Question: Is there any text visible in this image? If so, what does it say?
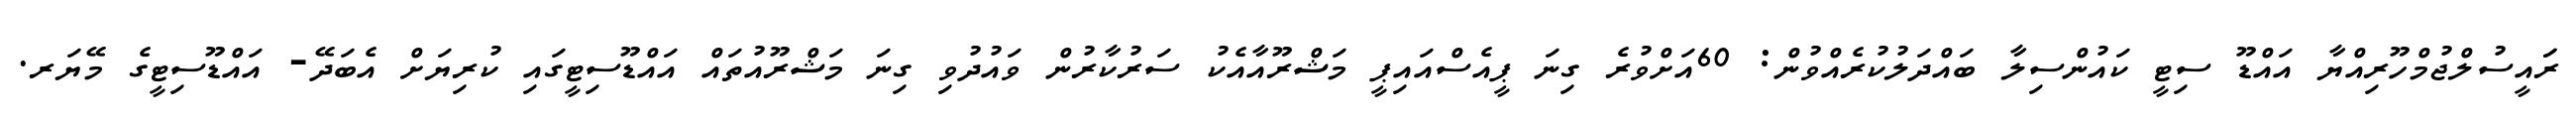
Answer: ރަައީސުލްޖުމްހޫރިއްޔާ އައްޑޫ ސިޓީ ކައުންސިލާ ބައްދަލުކުރެއްވުން: 60އަށްވުރެ ގިނަ ޕީއެސްއައިޕީ މަޝްރޫއާއެކު ސަރުކާރުން ވައުދުވި ގިނަ މަޝްރޫއުތައް އައްޑޫސިޓީގައި ކުރިޔަށް އެބަދޭ- އައްޑޫސިޓީގެ މޭޔަރ.